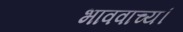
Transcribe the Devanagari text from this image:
भाववाच्य।